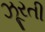
ઝૂરતી